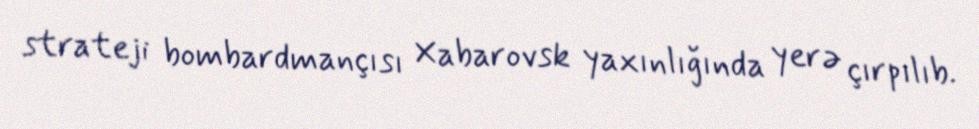
strateji bombardmançısı Xabarovsk yaxınlığında yerə çırpılıb.